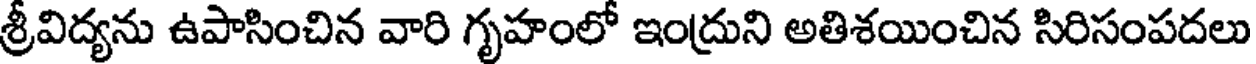
శ్రీవిద్యను ఉపాసించిన వారి గృహంలో ఇంద్రుని అతిశయించిన సిరిసంపదలు